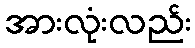
အားလုံးလည်း